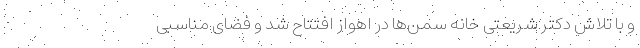
و با تلاش دکتر شریعتی خانه سمن‌ها در اهواز افتتاح شد و فضای مناسبی